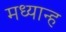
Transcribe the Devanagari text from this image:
मध्‍यान्‍ह